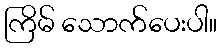
ကြိမ် သောက်ပေးပါ။